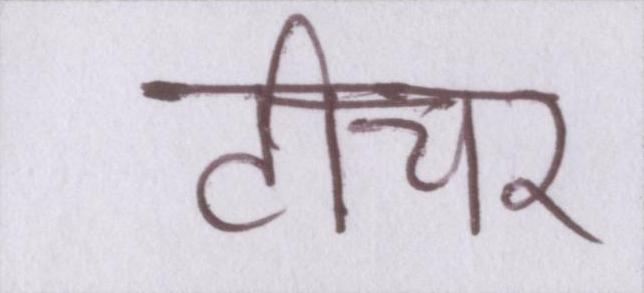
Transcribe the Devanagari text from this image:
टीचर